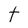
Character: t